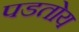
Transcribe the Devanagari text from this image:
पडतोय